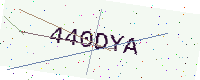
Text: 440DYA